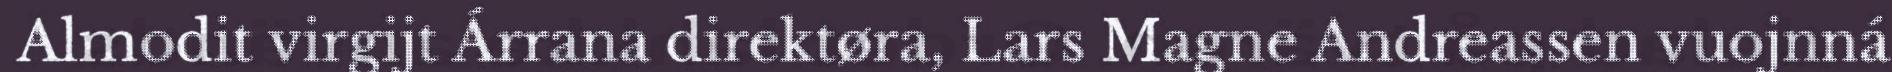
Almodit virgijt Árrana direktøra, Lars Magne Andreassen vuojnná